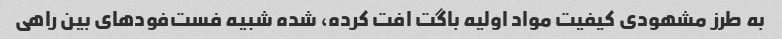
به طرز مشهودی کیفیت مواد اولیه باگت افت کرده، شده شبیه فست‌فودهای بین راهی